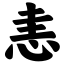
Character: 恚